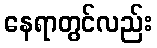
နေရာတွင်လည်း